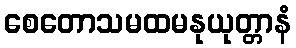
စေတောသမထမနုယုတ္တာနံ